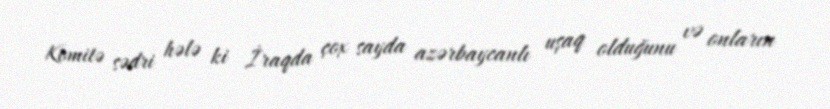
Komitə sədri hələ ki İraqda çox sayda azərbaycanlı uşaq olduğunu və onların